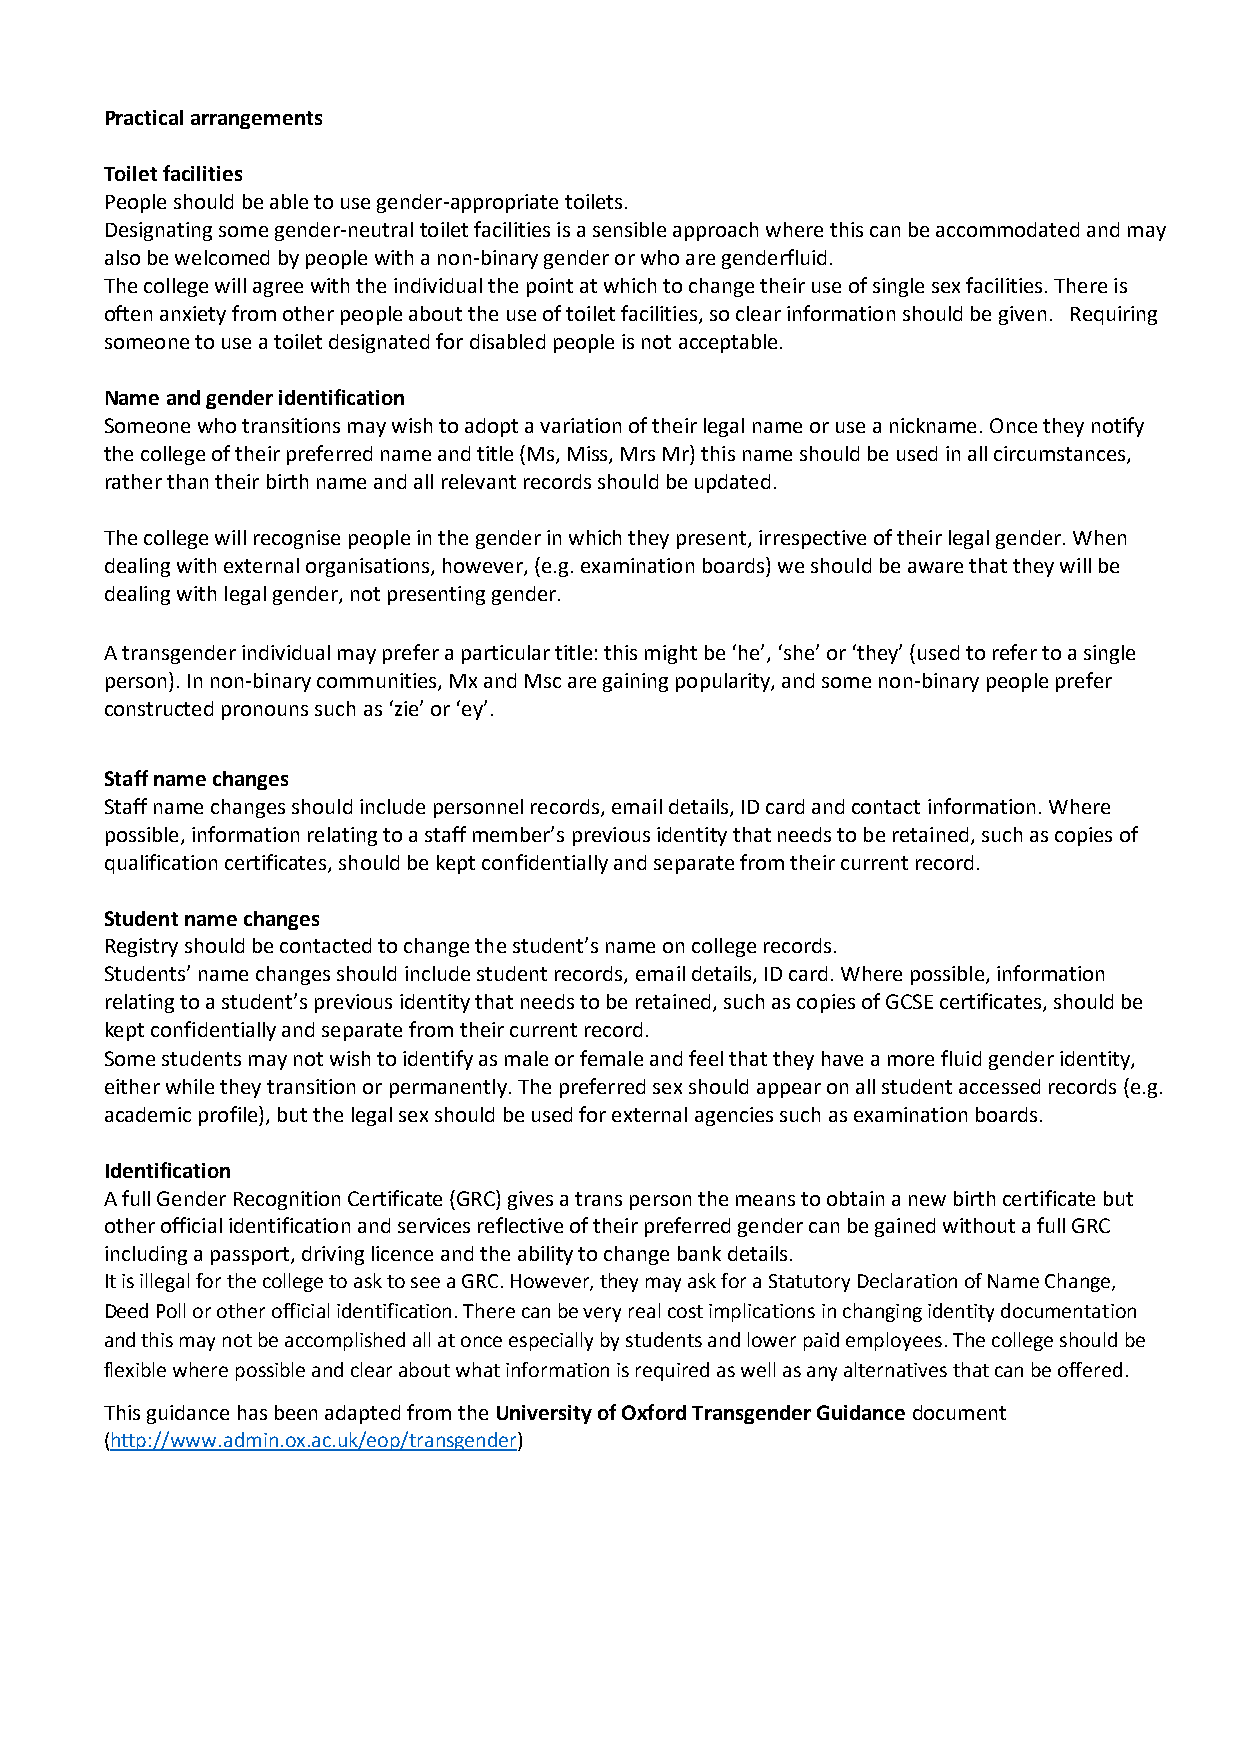
Practical arrangements
 Toilet facilities
 People should be able to use gender-appropriate toilets.
 Designating some gender-neutral toilet facilities is a sensible approach where this can be accommodated and may
 also be welcomed by people with a non-binary gender or who are genderfluid.
 The college will agree with the individual the point at which to change their use of single sex facilities. There is
 often anxiety from other people about the use of toilet facilities, so clear information should be given. Requiring
 someone to use a toilet designated for disabled people is not acceptable.
 Name and gender identification
 Someone who transitions may wish to adopt a variation of their legal name or use a nickname. Once they notify
 the college of their preferred name and title (Ms, Miss, Mrs Mr) this name should be used in all circumstances,
 rather than their birth name and all relevant records should be updated.
 The college will recognise people in the gender in which they present, irrespective of their legal gender. When
 dealing with external organisations, however, (e.g. examination boards) we should be aware that they will be
 dealing with legal gender, not presenting gender.
 A transgender individual may prefer a particular title: this might be ‘he’, ‘she’ or ‘they’ (used to refer to a single
 person). In non-binary communities, Mx and Msc are gaining popularity, and some non-binary people prefer
 constructed pronouns such as ‘zie’ or ‘ey’.
 Staff name changes
 Staff name changes should include personnel records, email details, ID card and contact information. Where
 possible, information relating to a staff member’s previous identity that needs to be retained, such as copies of
 qualification certificates, should be kept confidentially and separate from their current record.
 Student name changes
 Registry should be contacted to change the student’s name on college records.
 Students’ name changes should include student records, email details, ID card. Where possible, information
 relating to a student’s previous identity that needs to be retained, such as copies of GCSE certificates, should be
 kept confidentially and separate from their current record.
 Some students may not wish to identify as male or female and feel that they have a more fluid gender identity,
 either while they transition or permanently. The preferred sex should appear on all student accessed records (e.g.
 academic profile), but the legal sex should be used for external agencies such as examination boards.
 Identification
 A full Gender Recognition Certificate (GRC) gives a trans person the means to obtain a new birth certificate but
 other official identification and services reflective of their preferred gender can be gained without a full GRC
 including a passport, driving licence and the ability to change bank details.
 It is illegal for the college to ask to see a GRC. However, they may ask for a Statutory Declaration of Name Change,
 Deed Poll or other official identification. There can be very real cost implications in changing identity documentation
 and this may not be accomplished all at once especially by students and lower paid employees. The college should be
 flexible where possible and clear about what information is required as well as any alternatives that can be offered.
 This guidance has been adapted from the University of Oxford Transgender Guidance document
 (http://www.admin.ox.ac.uk/eop/transgender)